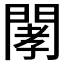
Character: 𨴹